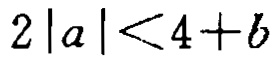
\(2\left|a\right|<4 + b\)